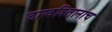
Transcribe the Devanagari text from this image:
दाखवितानाच